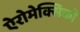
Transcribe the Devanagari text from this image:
ऐरोमेक्सिको